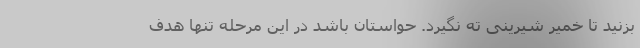
بزنید تا خمیر شیرینی ته نگیرد. حواستان باشد در این مرحله تنها هدف